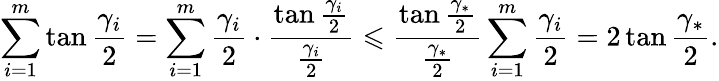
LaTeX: \sum_{i=1}^{m}\tan{\frac{\gamma_{i}}2}=\sum_{i=1}^{m}\frac{\gamma_{i}}{2}\cdot\frac{\tan{\frac{\gamma_{i}}{2}}}{\frac{\gamma_{i}}{2}}\leqslant\frac{\tan{\frac{\gamma_{*}}{2}}}{\frac{\gamma_{*}}{2}}\sum_{i=1}^{m}\frac{\gamma_{i}}{2}=2\tan{\frac{\gamma_{*}}{2}}.